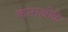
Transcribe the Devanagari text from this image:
काराओके